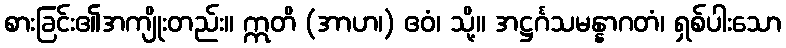
စားခြင်း၏အကျိုးတည်း။ ဣတိ (အာဟ၊) ဧဝံ၊ သို့။ အဋ္ဌင်္ဂသမန္နာဂတံ၊ ရှစ်ပါးသော